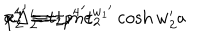
{ p ^ { 4 } } ^ { \prime } \equiv \pm m e ^ { { w _ { 1 } } ^ { \prime } } \cosh w _ { 2 } ^ { \prime } a \hspace { 1 c m } a \Delta _ { 2 } ^ { \prime } = { p ^ { 4 } } ^ { \prime } t _ { 2 } \hspace { 1 c m } x _ { 2 } ^ { 4 } = t _ { 2 } ,